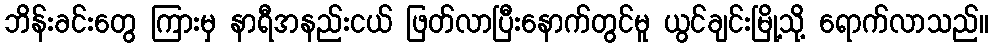
ဘိန်းခင်းတွေ ကြားမှ နာရီအနည်းငယ် ဖြတ်လာပြီးနောက်တွင်မူ ယွင်ချင်းမြို့သို့ ရောက်လာသည်။